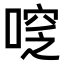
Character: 𠷖